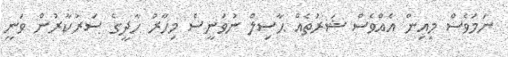
ނަމަވެސް މިއިން އެއްވެސް ޝަރުތެއް ޙާސިލް ނުވަނީސް މިހާރު ހާދީގެ ސަރުކާރުން ވަނީ